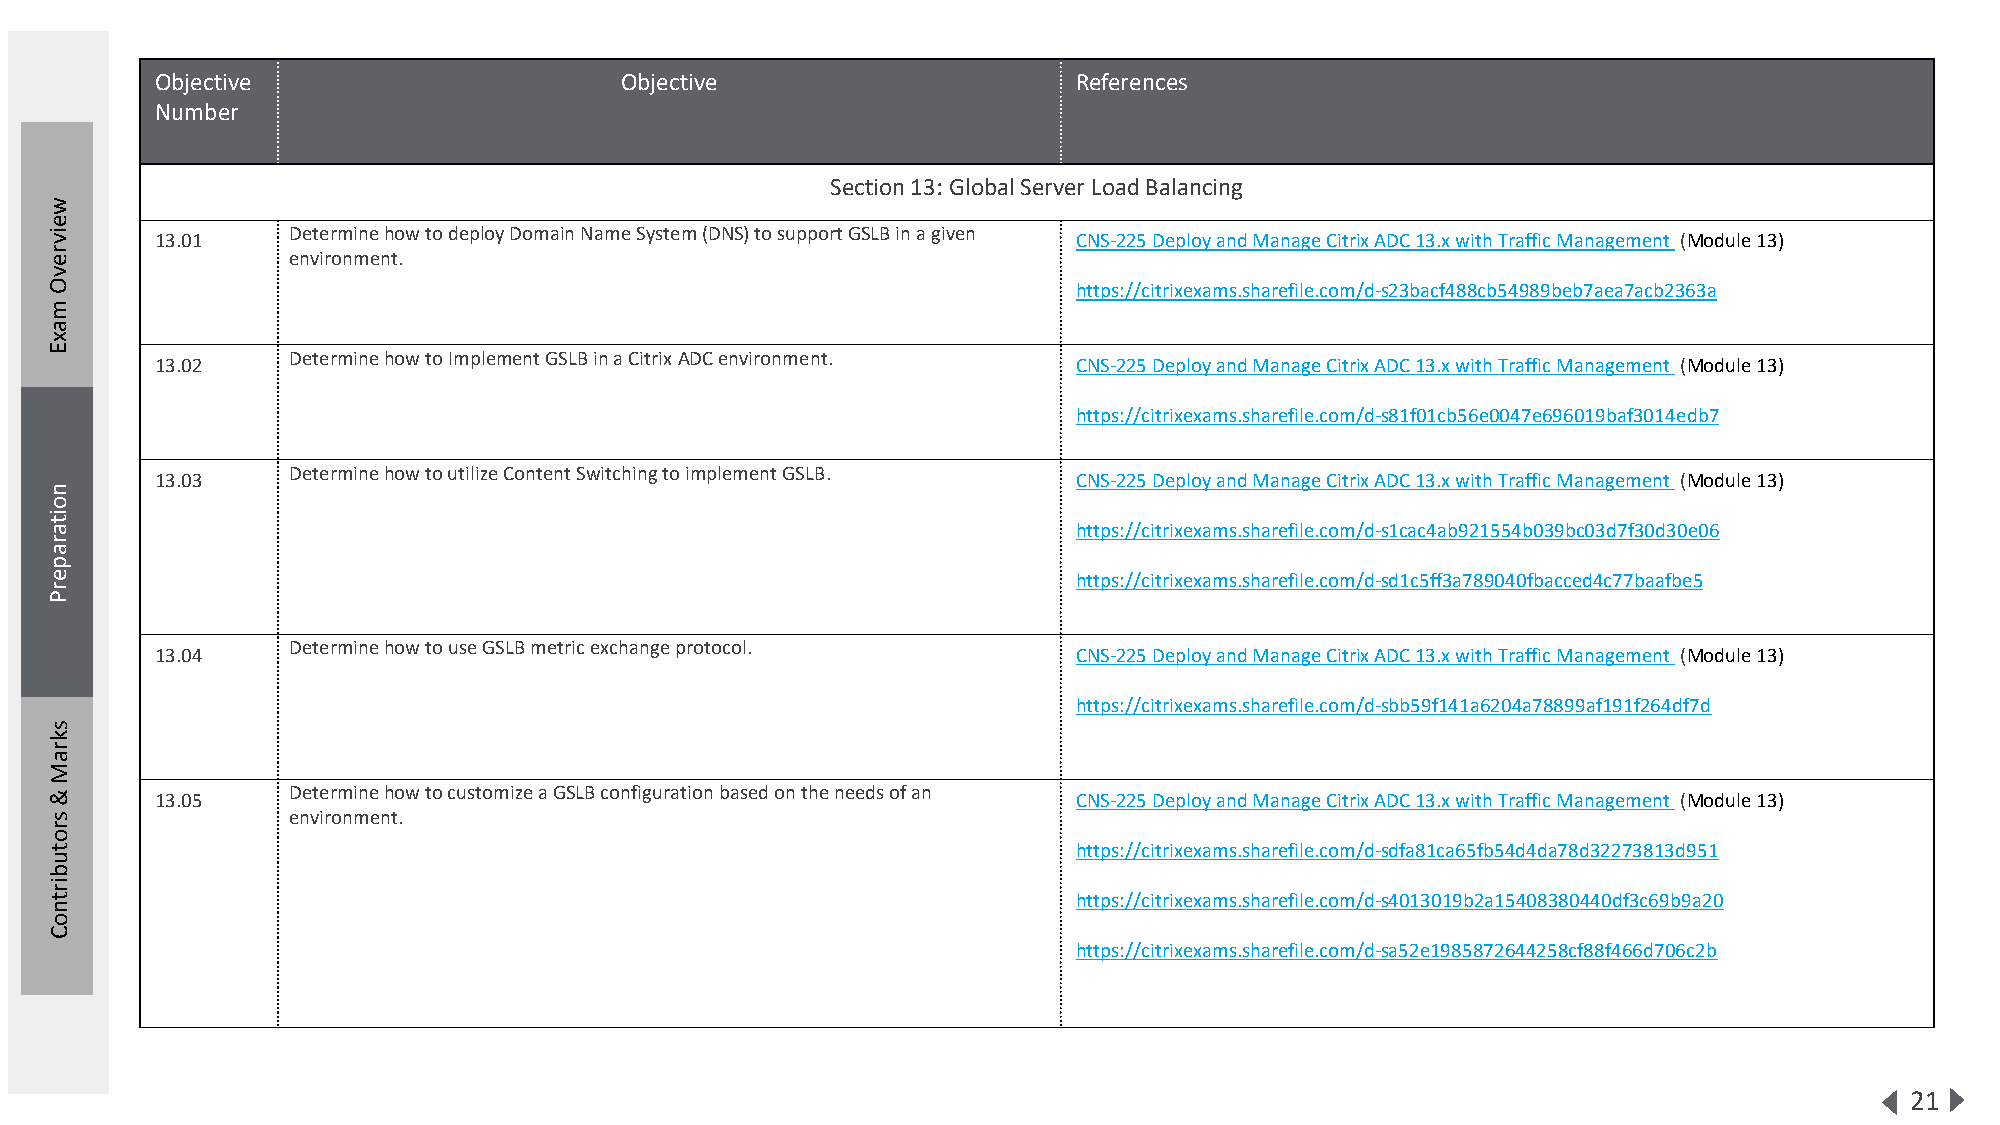
Objective                      Objective                     References
 Number
 Section 13: Global Server Load Balancing
 w
 e
 iv     13.01    Determine how to deploy Domain Name System (DNS) to support GSLB in a given CNS-225 Deploy and Manage Citrix ADC 13.x with Traffic Management (Module 13)
 r e             environment.
 v
 O                                                                   https://citrixexams.sharefile.com/d-s23bacf488cb54989beb7aea7acb2363a
 m
 a
 x
 E
 Determine how to Implement GSLB in a CitrixADCenvironment.
 13.02                                                        CNS-225 Deploy and Manage Citrix ADC 13.x with Traffic Management (Module 13)
 https://citrixexams.sharefile.com/d-s81f01cb56e0047e696019baf3014edb7
 Determine how to utilize Content Switching to implement GSLB.
 13.03                                                        CNS-225 Deploy and Manage Citrix ADC 13.x with Traffic Management (Module 13)
 n
 o
 it
 a                                                                   https://citrixexams.sharefile.com/d-s1cac4ab921554b039bc03d7f30d30e06
 r
 a
 p
 e                                                                   https://citrixexams.sharefile.com/d-sd1c5ff3a789040fbacced4c77baafbe5
 r
 P
 Determine how to use GSLB metric exchange protocol.
 13.04                                                        CNS-225 Deploy and Manage Citrix ADC 13.x with Traffic Management (Module 13)
 https://citrixexams.sharefile.com/d-sbb59f141a6204a78899af191f264df7d
 s
 k
 r
 a
 M
 &      13.05    Determine how to customize a GSLB configuration based on the needs of an CNS-225 Deploy and Manage Citrix ADC 13.x with Traffic Management (Module 13)
 s               environment.
 r
 o
 t                                                                   https://citrixexams.sharefile.com/d-sdfa81ca65fb54d4da78d32273813d951
 u
 b
 ir
 t                                                                   https://citrixexams.sharefile.com/d-s4013019b2a15408380440df3c69b9a20
 n
 o
 C
 https://citrixexams.sharefile.com/d-sa52e1985872644258cf88f466d706c2b
 21